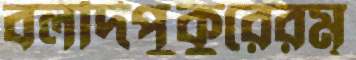
বলদিপুকুরেরম্